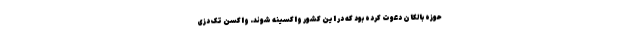
حوزه بالکان دعوت کرده بود که در این کشور واکسینه شوند. واکسن تک دُزی